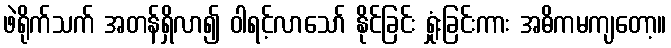
ဖဲရိုက်သက် အတန်ရှိလာ၍ ဝါရင့်လာသော် နိုင်ခြင်း ရှုံးခြင်းကား အဓိကမကျတော့။